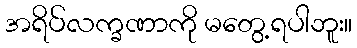
အရိပ်လက္ခဏာကို မတွေ့ရပါဘူး။